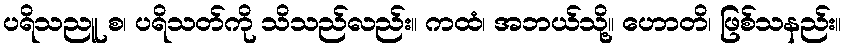
ပရိသညူ စ၊ ပရိသတ်ကို သိသည်လည်း။ ကထံ၊ အဘယ်သို့။ ဟောတိ၊ ဖြစ်သနည်း။